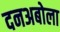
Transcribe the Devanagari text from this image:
दनअबोला